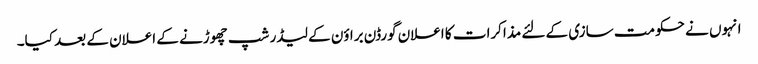
انہوں نے حکومت سازی کے لئے مذاکرات کا اعلان گورڈن براؤن کے لیڈر شپ چھوڑنے کے اعلان کے بعد کیا۔